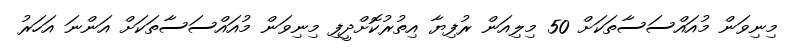
މިނިވަން މުއައްސަސާތަކަށް 50 މިލިއަން ރުފިޔާ އިތުރުކޮށްދީފި މިނިވަން މުއައްސަސާތަކަށް އަންނަ އަހަރު